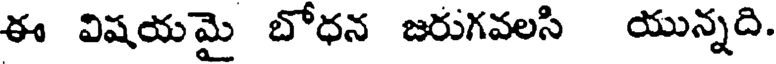
ఈ విషయమై బోధన జరుగవలసి యున్నది.